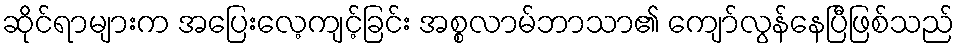
ဆိုင်ရာများက အပြေးလေ့ကျင့်ခြင်း အစ္စလာမ်ဘာသာ၏ ကျော်လွန်နေပြီဖြစ်သည်